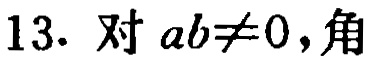
13. 对 \(ab\neq0\)，角